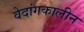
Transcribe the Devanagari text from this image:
वेदांगकालीन